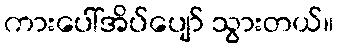
ကားပေါ်အိပ်ပျော် သွားတယ်။